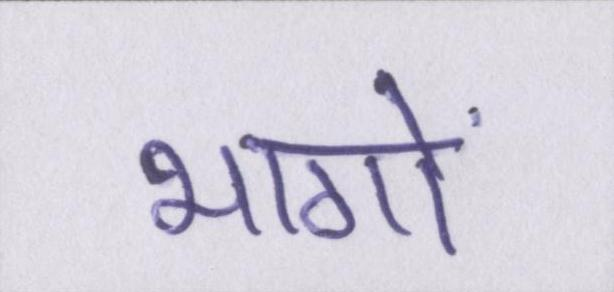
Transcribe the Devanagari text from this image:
भागों